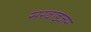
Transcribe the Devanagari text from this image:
सरवाइजर